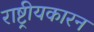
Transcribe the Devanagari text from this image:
राष्ट्रीयकारन